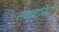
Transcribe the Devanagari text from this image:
सेवादारियों